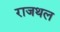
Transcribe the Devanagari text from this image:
राजथल